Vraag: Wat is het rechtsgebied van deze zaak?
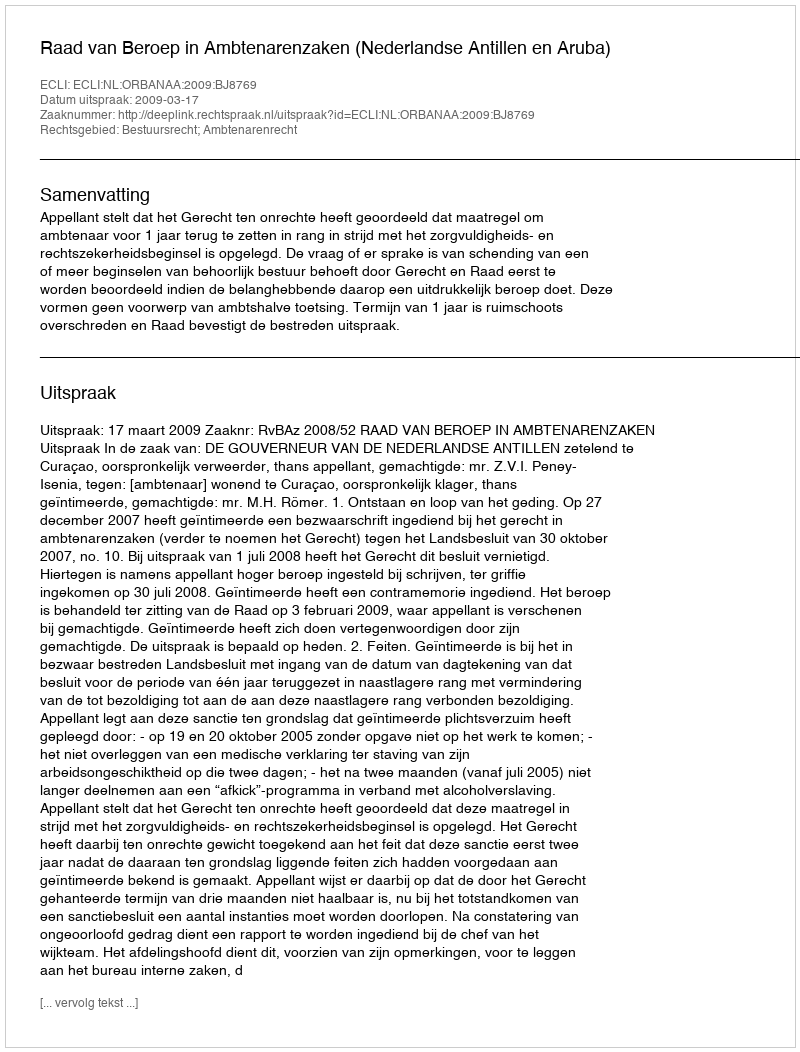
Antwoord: Bestuursrecht; Ambtenarenrecht